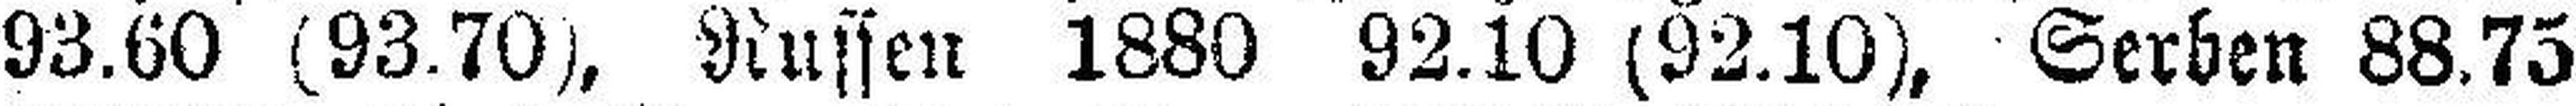
93.60 (93.70), Russen 1880 92.10 (92.10), Serben 88.75